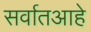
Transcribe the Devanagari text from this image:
सर्वातआहे